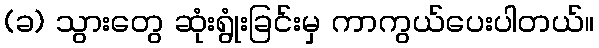
(ခ) သွားတွေ ဆုံးရွုံးခြင်းမှ ကာကွယ်ပေးပါတယ်။